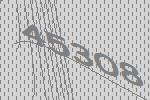
45308